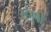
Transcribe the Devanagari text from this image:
रहणी